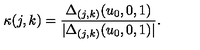
\kappa ( j , k ) = { \frac { \Delta _ { ( j , k ) } ( u _ { 0 } , 0 , 1 ) } { | \Delta _ { ( j , k ) } ( u _ { 0 } , 0 , 1 ) | } } .